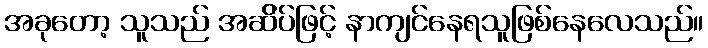
အခုတော့ သူသည် အဆ်ိပ်ဖြင့် နာကျင်နေရသူဖြစ်နေလေသည်။